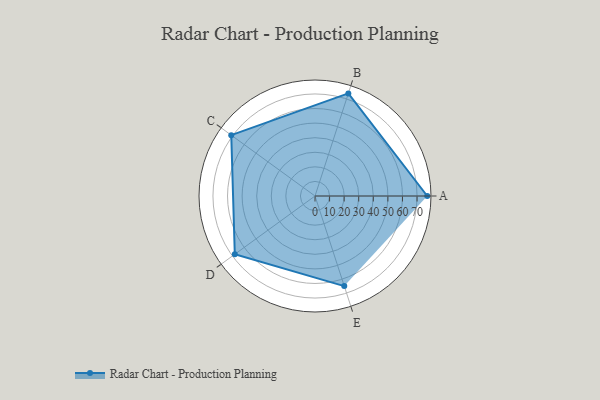
{"axis": {"x": "Skill", "y": "Score"}, "legend": ["Profile"], "data": [{"x": "A", "y": 77.0, "type": "Profile"}, {"x": "B", "y": 74.0, "type": "Profile"}, {"x": "C", "y": 71.0, "type": "Profile"}, {"x": "D", "y": 68.0, "type": "Profile"}, {"x": "E", "y": 65.0, "type": "Profile"}]}